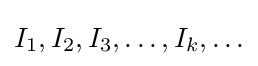
I_{1},I_{2},I_{3},\ldots ,I_{k},\ldots